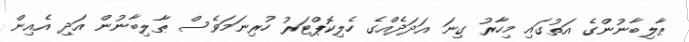
ޠާލިބާނުންގެ އަތުގައި މިހާރު ގިނަ އަދަދެއްގެ ހެލިކޮޕްޓަރު ހުރިނަމަވެސް ޠާލިބާނުން އަދި އެއިން